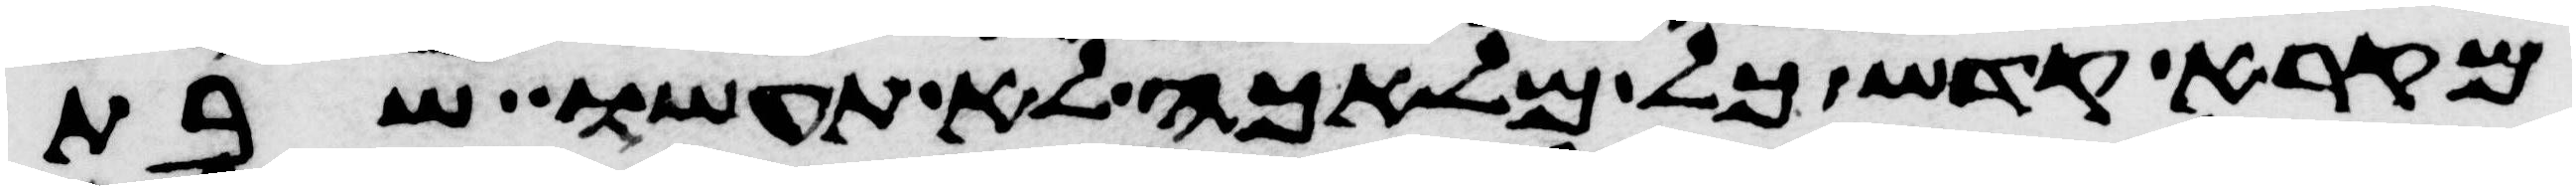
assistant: מקרא קדש כל מלאכה לא תעשו שבת